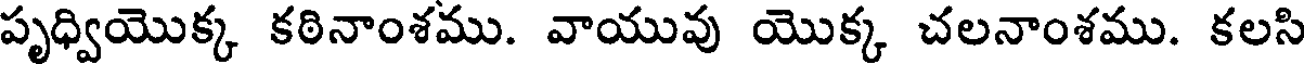
పృధ్వియొక్క కఠినాంశము. వాయువు యొక్క చలనాంశము. కలసి